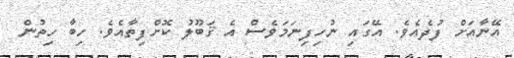
އޭނާއަށް ފުދެއެވެ. އޭގައި ނުހިފިނަމަވެސް އެ ޤަބޫލު ކޮށްފިތާއެވެ. ހިބާ ހިތުން